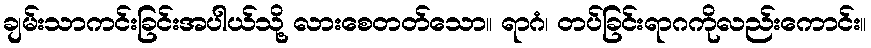
ချမ်းသာကင်းခြင်းအပါယ်သို့ လားစေတတ်သော။ ရာဂံ၊ တပ်ခြင်းရာဂကိုလည်းကောင်း။